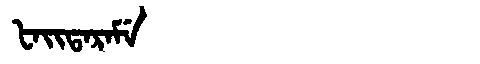
Manchu: ᡶᠠᡳᡨᠠᡵᠠᠮᡝ
Romanization: FAITARAME